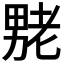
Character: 𫦶